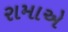
રામાએ